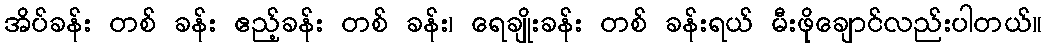
အိပ်ခန်း တစ် ခန်း ဧည့်ခန်း တစ် ခန်း၊ ရေချိုးခန်း တစ် ခန်းရယ် မီးဖိုချောင်လည်းပါတယ်။